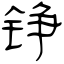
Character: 铮